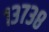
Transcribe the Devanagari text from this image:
१३७३८